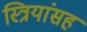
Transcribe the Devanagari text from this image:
स्त्रियांसह